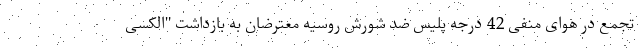
تجمع در هوای منفی 42 درجه پلیس ضد شورش روسیه معترضان به بازداشت "الکسی